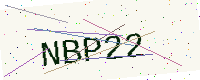
Text: NBP22